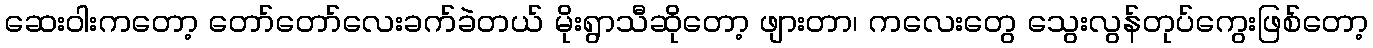
ဆေးဝါးကတော့ တော်တော်လေးခက်ခဲတယ် မိုးရွာသီဆိုတော့ ဖျားတာ၊ ကလေးတွေ သွေးလွန်တုပ်ကွေးဖြစ်တော့